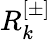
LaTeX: R_{k}^{[\pm]}